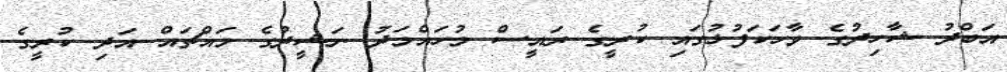
އަބްދު ޝާހިދުގެ ވާހަކަފުޅުގައި ކުރީގެ ރައީސް މުހައްމަދު ނަޝީދުގެ މައްޗައް އަދި ކުރީގެ